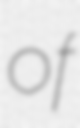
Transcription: of